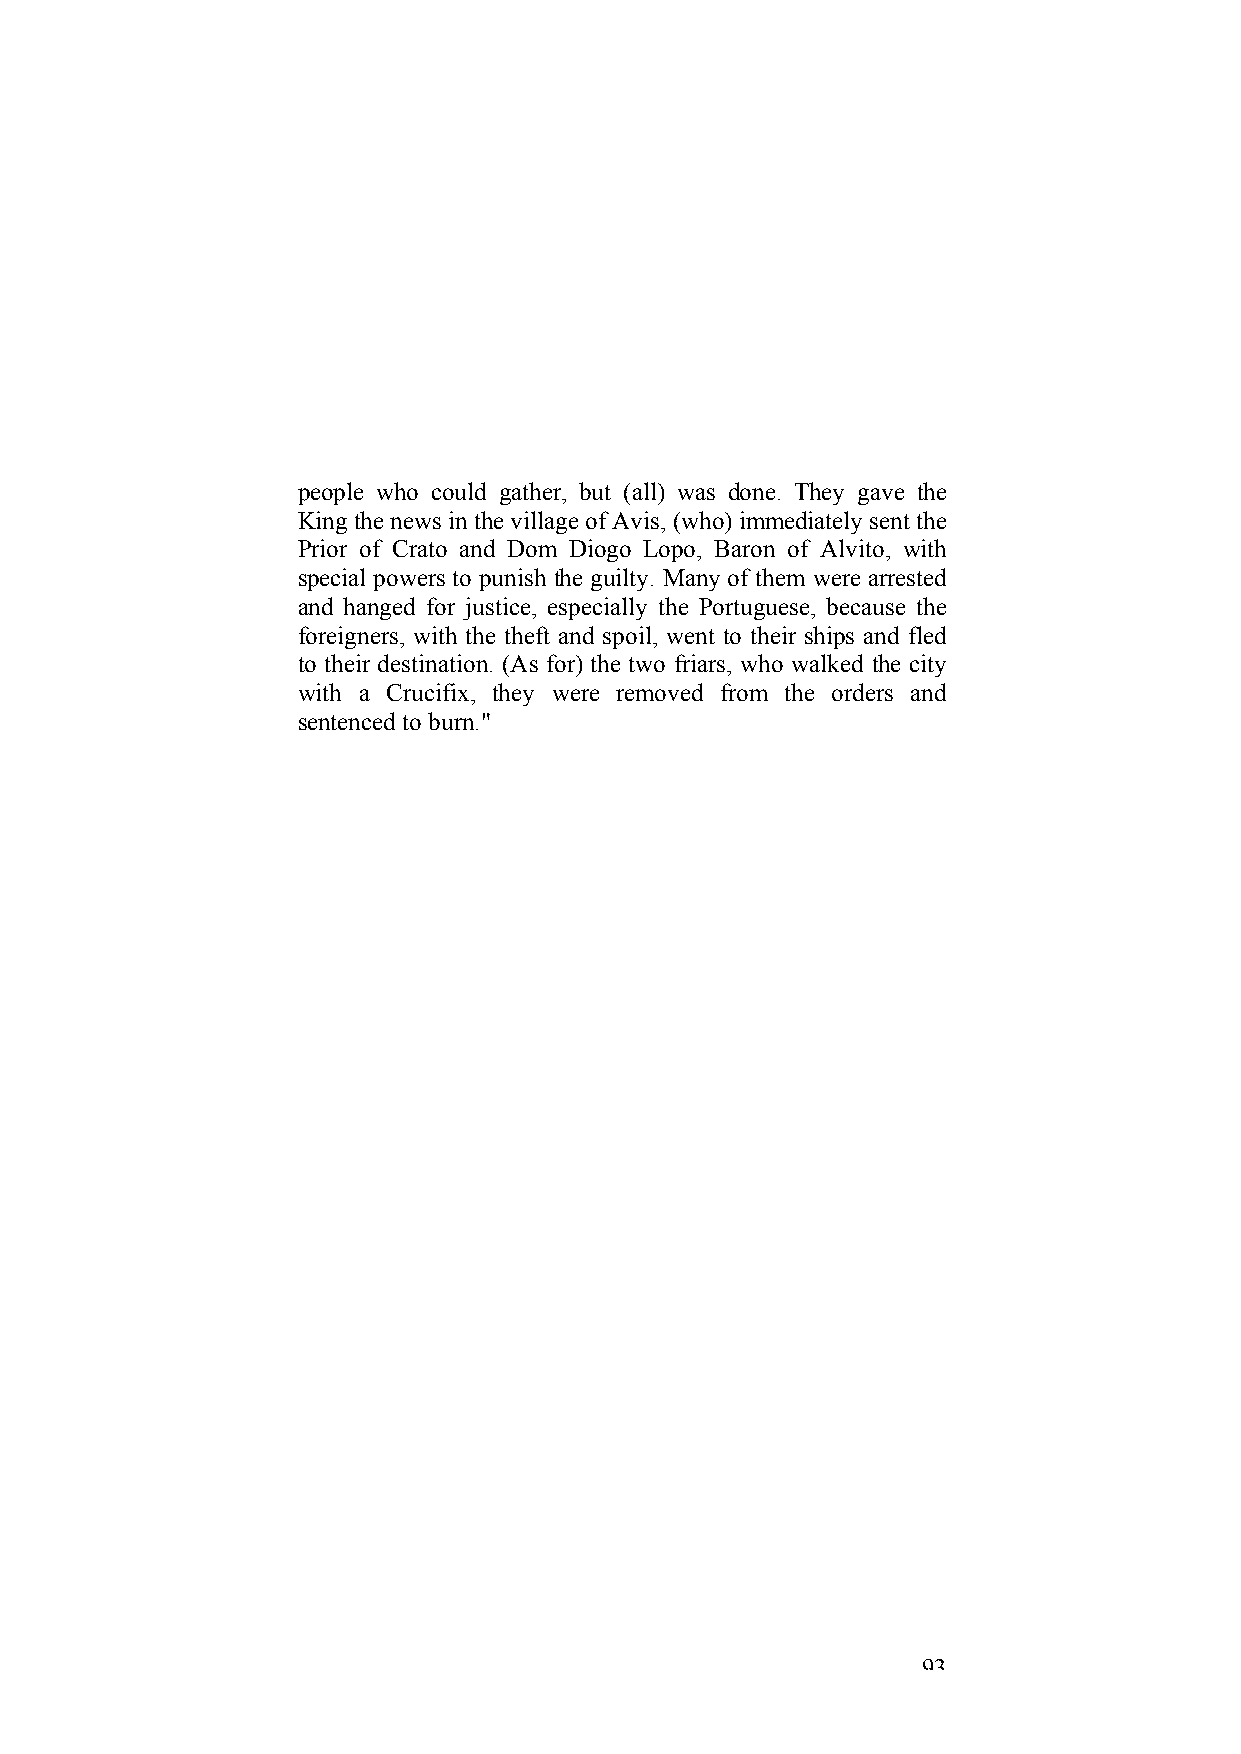
people who could gather, but (all) was done. They gave the
 King the news in the village of Avis, (who) immediately sent the
 Prior of Crato and Dom Diogo Lopo, Baron of Alvito, with
 special powers to punish the guilty. Many of them were arrested
 and hanged for justice, especially the Portuguese, because the
 foreigners, with the theft and spoil, went to their ships and fled
 to their destination. (As for) the two friars, who walked the city
 with a Crucifix, they were removed from the orders and
 sentenced to burn."
 93